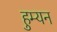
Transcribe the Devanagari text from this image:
हुम्यन